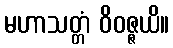
မဟာသတ္တံ ဝိဝဇ္ဇယိ။